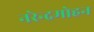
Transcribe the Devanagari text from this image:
नरेन्द्रमोहन